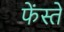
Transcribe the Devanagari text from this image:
फेंस्तें